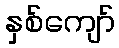
နှစ်ကျော်